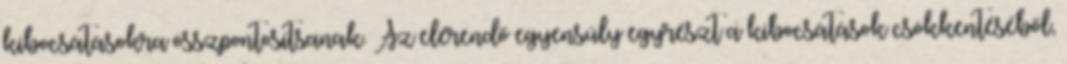
kibocsátásokra összpontosítsanak. Az elérendő egyensúly egyrészt a kibocsátások csökkentéséből,